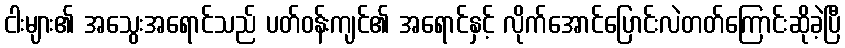
ငါးများ၏ အသွေးအရောင်သည် ပတ်ဝန်းကျင်၏ အရောင်နှင့် လိုက်အောင်ပြောင်းလဲတတ်ကြောင်းဆိုခဲ့ပြီ